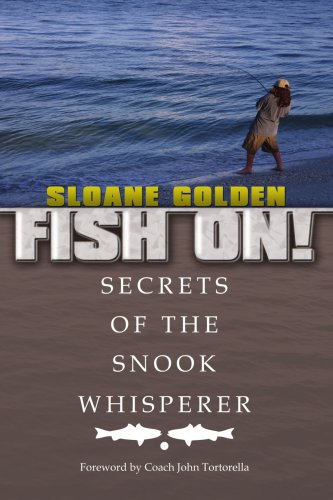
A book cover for Fish On!: (Secrets of the Snook Whisperer); Sloane Golden - The Existential Angler; Humor & Entertainment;